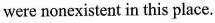
were nonexistent in this place.